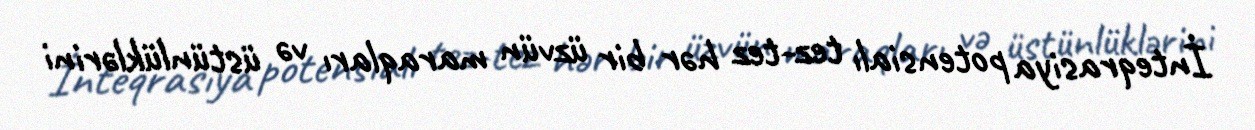
İnteqrasiya potensialı tez-tez hər bir üzvün maraqları və üstünlüklərini